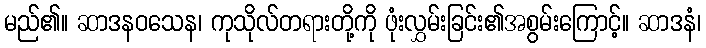
မည်၏။ ဆာဒနဝသေန၊ ကုသိုလ်တရားတို့ကို ဖုံးလွှမ်းခြင်း၏အစွမ်းကြောင့်။ ဆာဒနံ၊